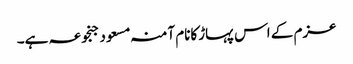
عزم کے اس پہاڑکانام آمنہ مسعود جنجوعہ ہے۔